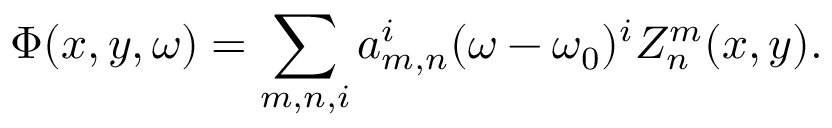
\Phi ( x , y , \omega ) = \sum _ { m , n , i } a _ { m , n } ^ { i } ( \omega - \omega _ { 0 } ) ^ { i } Z _ { n } ^ { m } ( x , y ) .